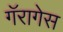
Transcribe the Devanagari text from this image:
गॅरागेस